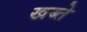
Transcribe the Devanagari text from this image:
खब्ते